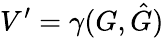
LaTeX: V^{\prime}=\gamma(G,\hat{G})